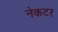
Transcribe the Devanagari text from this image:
नेकटर